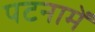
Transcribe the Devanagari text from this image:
पटनामें